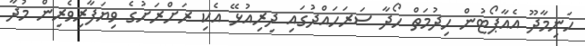
ހަނިމާދޫ އެއާޕޯޓުން ހިދުމަތް ހޯދާ ސަރަހައްދުގައި ދިރިއުޅޭ އެކި ރަށްރަށުގެ ވިޔަފާރިވެރިން މުދާ